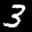
Label: 3